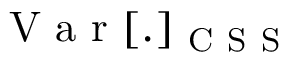
\mathrm { ~ V ~ a ~ r ~ } [ . ] _ { \mathrm { ~ C ~ S ~ S ~ } }